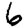
Digit: 6